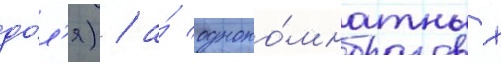
до́л'я) / а́ одноко́мнатных